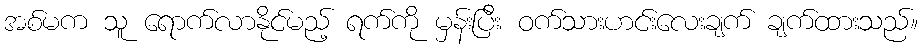
အစ်မက သူ ရောက်လာနိုင်မည့် ရက်ကို မှန်းပြီး ဝက်သားဟင်းလေးချက် ချက်ထားသည်။